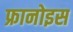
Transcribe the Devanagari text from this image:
फ्रानोइस